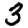
Digit: 3